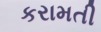
કરામતી